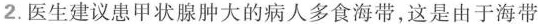
2.医生建议患甲状腺肿大的病人多食海带，这是由于海带